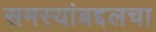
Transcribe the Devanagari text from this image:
समस्यांबद्दलचा